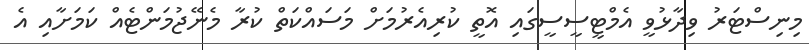
މިނިސްޓަރު ވިދާޅުވީ އެމްޓީސީސީގައި އޮތީ ކުރިއެރުމަށް މަސައްކަތް ކުރާ މެނޭޖުމަންޓެއް ކަމަށާއި އެ